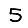
Digit: 5